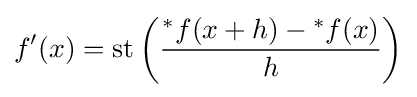
f'(x)=\operatorname {st} \left({\frac {{^{*}f}(x+h)-{^{*}f}(x)}{h}}\right)